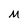
Character: M